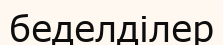
беделділер